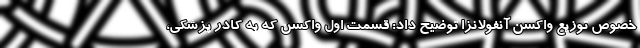
خصوص توزیع واکسن آنفولانزا توضیح داد: قسمت اول واکسن که به کادر پزشکی،